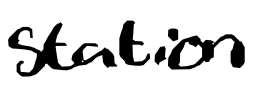
Text: station
Cross-out: clean
Writing tool: digital_black